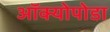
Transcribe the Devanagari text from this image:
ऑक्योपोडा